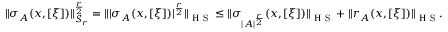
\begin{array} { r } { \Vert \sigma _ { A } ( x , [ \xi ] ) \Vert _ { \mathscr { S } _ { r } } ^ { \frac { r } { 2 } } = \Vert | \sigma _ { A } ( x , [ \xi ] ) | ^ { \frac { r } { 2 } } \Vert _ { \textnormal { H S } } \leq \Vert \sigma _ { | A | ^ { \frac { r } { 2 } } } ( x , [ \xi ] ) \Vert _ { \textnormal { H S } } + \Vert r _ { A } ( x , [ \xi ] ) \Vert _ { \textnormal { H S } } . } \end{array}